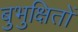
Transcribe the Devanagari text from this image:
बुभुक्षितों